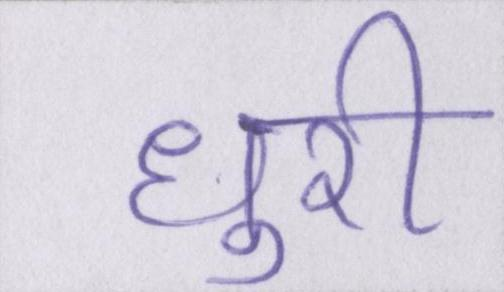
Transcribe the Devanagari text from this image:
धुरी